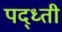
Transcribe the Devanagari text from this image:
पद्ध्ती